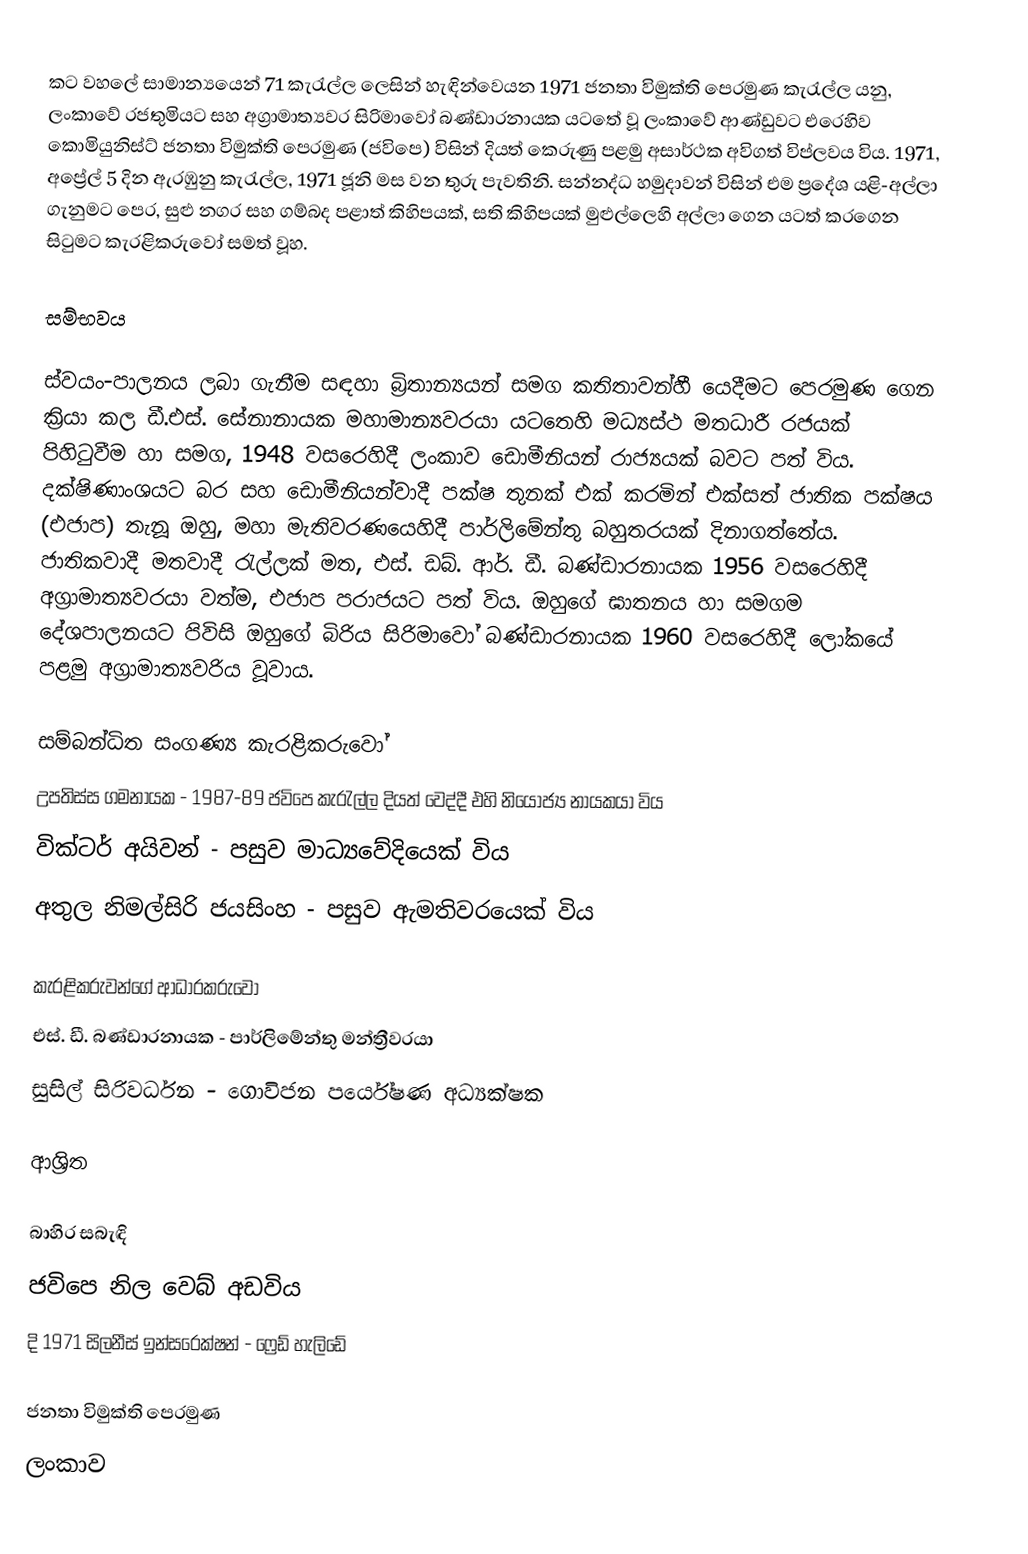
කට වහලේ සාමාන්‍යයෙන් 71 කැරැල්ල ලෙසින් හැඳින්වෙයන 1971 ජනතා විමුක්ති පෙරමුණ කැරැල්ල යනු, ලංකාවේ රජතුමියට සහ අග්‍රාමාත්‍යවර සිරිමාවෝ බණ්ඩාරනායක යටතේ වූ ලංකාවේ ආණ්ඩුවට  එරෙහිව කොමියුනිස්ට් ජනතා විමුක්ති පෙරමුණ (ජවිපෙ) විසින් දියත් කෙරුණු පළමු අසාර්ථක අවිගත් විප්ලවය විය.  1971, අප්‍රේල් 5 දින ඇරඹුනු කැරැල්ල,  1971 ජූනි මස වන තුරු පැවතිනි. සන්නද්ධ හමුදාවන් විසින් එම ප්‍රදේශ යළි-අල්ලා ගැනුමට පෙර, සුළු නගර සහ ගම්බද පළාත් කිහිපයක්, සති කිහිපයක් මුළුල්ලෙහි අල්ලා ගෙන යටත් කරගෙන සිටුමට කැරළිකරුවෝ සමත් වූහ.

සම්භවය

ස්වයං-පාලනය ලබා ගැනීම සඳහා බ්‍රිතාන්‍යයන් සමග කතිතාවන්හී යෙදීමට පෙරමුණ ගෙන ක්‍රියා කල ඩී.එස්. සේනානායක මහාමාන්‍යවරයා යටතෙහි මධ්‍යස්ථ මතධාරී රජයක් පිහිටුවීම හා සමග, 1948 වසරෙහිදී ලංකාව  ඩොමීනියන් රාජ්‍යයක් බවට පත් විය. දක්ෂිණාංශයට බර සහ ඩොමීනියන්වාදී පක්ෂ තුනක් එක් කරමින් එක්සත් ජාතික පක්ෂය (එජාප) තැනූ ඔහු, මහා මැතිවරණයෙහිදී පාර්ලිමේන්තු බහුතරයක් දිනාගත්තේය. ජාතිකවාදී මතවාදී රැල්ලක් මත, එස්. ඩබ්. ආර්. ඩී. බණ්ඩාරනායක 1956 වසරෙහිදී අග්‍රාමාත්‍යවරයා වත්ම, එජාප පරාජයට පත් විය. ඔහුගේ ඝාතනය හා සමගම දේශපාලනයට පිවිසි ඔහුගේ බිරිය සිරිමාවෝ බණ්ඩාරනායක 1960 වසරෙහිදී ලෝකයේ පළමු අග්‍රාමාත්‍යවරිය වූවාය.

සම්බන්ධිත සංගණ්‍ය කැරළිකරුවෝ
 උපතිස්ස ගමනායක - 1987-89  ජවිපෙ කැරැල්ල දියත් වෙද්දී එහි  නියෝජ්‍ය නායකයා විය
 වික්ටර් අයිවන් -  පසුව මාධ්‍යවේදියෙක් විය
 අතුල නිමල්සිරි ජයසිංහ - පසුව ඇමතිවරයෙක් විය

කැරළිකරුවන්ගේ ආධාරකරුවෝ
 එස්. ඩී. බණ්ඩාරනායක - පාර්ලිමේන්තු මන්ත්‍රීවරයා
 සුසිල් සිරිවර්ධන - ගොවිජන පර්යේෂණ අධ්‍යක්ෂක

ආශ්‍රිත

බාහිර සබැඳි
 ජවිපෙ නිල වෙබ් අඩවිය
 දි  1971 සිලනීස් ඉන්සරෙක්ෂන් - ෆ්‍රෙඩ් හැලිඩේ

ජනතා විමුක්ති පෙරමුණ
ලංකාව